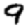
Digit: 9